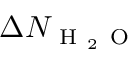
\Delta N _ { \mathrm { ~ H ~ } _ { 2 } \mathrm { ~ O ~ } }